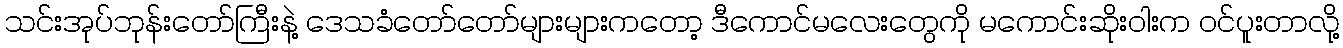
သင်းအုပ်ဘုန်းတော်ကြီးနဲ့ ဒေသခံတော်တော်များများကတော့ ဒီကောင်မလေးတွေကို မကောင်းဆိုးဝါးက ဝင်ပူးတာလို့